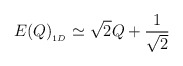
\begin{align*}E(Q)_{_{1D}}\simeq \sqrt{2}Q+{\frac{1}{\sqrt{2}}} \end{align*}